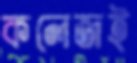
কলেজই